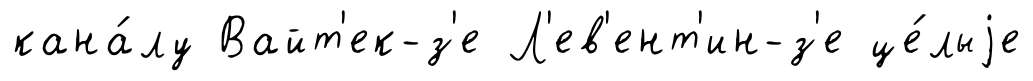
кана́лу Вайт'ек-з'е Л'ев'ент'ин-з'е це́лыjе